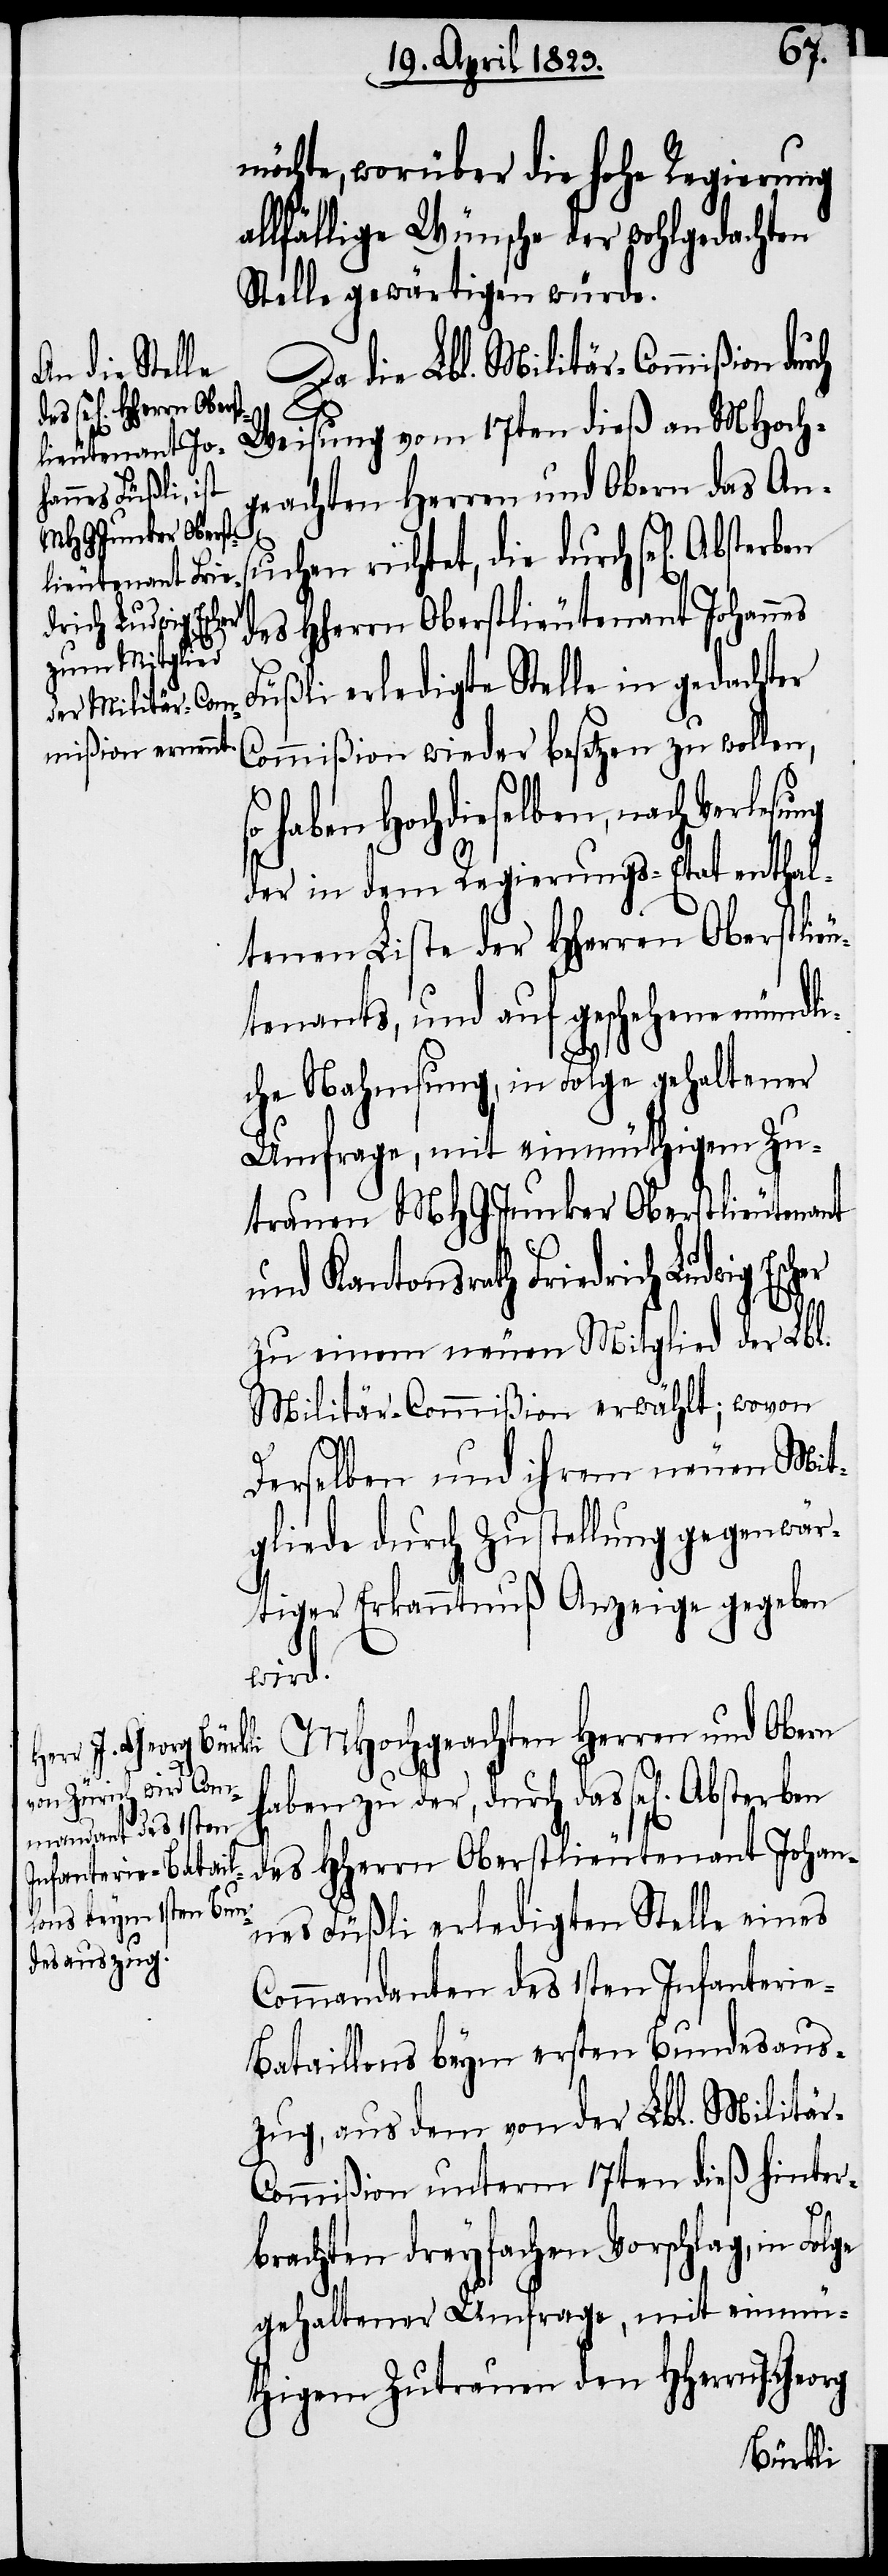
möchte, worüber die hohe Regierung
lfällige Wünsche der wohlgedachten
Stelle gewärtigen würde.
Da die Lbl. Militär-Commißion dur¬
Weisung vom 17ten dieß an MHoch¬
geachten Herren und Obern das Ans¬
uchen richtet, die durch sel[iges]
des Hherrn Oberstlieutenant Johannes
Füßli erledigte Stelle in gedachter
Commißion wieder besetzen zu wollen,
haben Hochdieselben, nach Verle¬
der in dem Regierungs-Etat enthal¬
tenen Liste der Hherren Oberstlieu¬
tenants, und auf geschehene mündli¬
che Nahmsung, in Folge gehaltener
Umfrage, mit einmüthigem Zu¬
trauen MHG.Junker Oberstlieutenant
und Kantonsrath Friedrich Ludwig Esc¬
Georg
zu einem neuen Mitglied der Lbl.
Militär-Commißion erwählt; wovon
Derselben und ihrem neuen Mit¬
gliede durch Zustellung gegenwär¬
tiger Erkanntnuß Anzeige gegeben
wird.
MHochgeachten Herren und Obern
haben zu der, durch das sel[ige]
des HHerrn Oberstlieutenant Johan¬
nes Füßli erledigten Stelle eines
Commandanten des 1sten Infanterie-B¬
ataillons beym ersten Bundesaus¬
zug, aus dem von der Lbl. Militä¬
ommißion unterm 17ten dieß hinter¬
brachten dreyfachen Vorschlag, in
gehaltener Umfrage, mit einmü¬
thigem Zutrauen den HHerrn J.